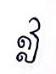
ឦ